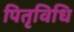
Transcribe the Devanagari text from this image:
पितृविधि